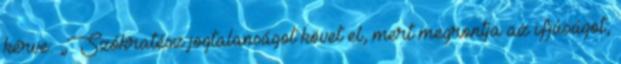
kérve: „Szókratész jogtalanságot követ el, mert megrontja az ifjúságot,